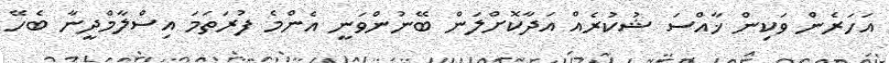
އަހަރެން ވަކިން ޚާއްސަ ޝުކުރެއް އަދާކޮށްލަން ބޭނުންވަނީ އެންމެ ފުރަތަމަ އިސްލާމްދީނާ ބެހޭ